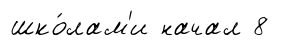
шко́лам'и начал 8